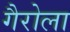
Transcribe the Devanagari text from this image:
गैरोला